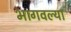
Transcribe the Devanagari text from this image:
भागवल्या